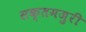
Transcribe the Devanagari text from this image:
सक्तमजुरी